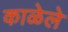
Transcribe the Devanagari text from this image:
काळेले